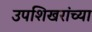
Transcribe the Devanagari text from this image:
उपशिखरांच्या